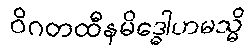
ဝိဂတထီနမိဒ္ဓေါဟမသ္မိ